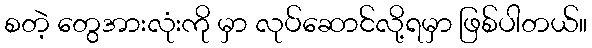
စတဲ့ တွေအားလုံးကို မှာ လုပ်ဆောင်လို့ရမှာ ဖြစ်ပါတယ်။